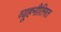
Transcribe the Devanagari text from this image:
व्यूहनीतिगत